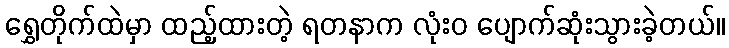
ရွှေတိုက်ထဲမှာ ထည့်ထားတဲ့ ရတနာက လုံးဝ ပျောက်ဆုံးသွားခဲ့တယ်။